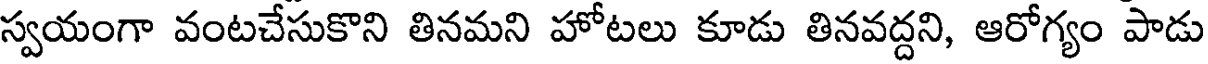
స్వయంగా వంటచేసుకొని తినమని హోటలు కూడు తినవద్దని, ఆరోగ్యం పాడు